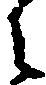
之